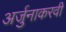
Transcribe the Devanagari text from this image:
अर्जुनाकरवी